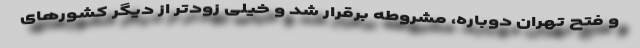
و فتح تهران دوباره، مشروطه برقرار شد و خیلی زودتر از دیگر کشورهای